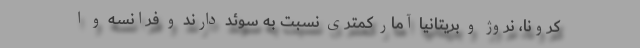
کرونا، نروژ و بریتانیا آمار کمتری نسبت به سوئد دارند و فرانسه و ا